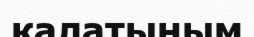
қалатыным